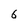
Character: 6